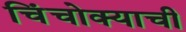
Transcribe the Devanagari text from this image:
चिंचोक्याची